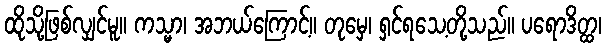
ထိုသို့ဖြစ်လျှင်မူ။ ကသ္မာ၊ အဘယ်ကြောင့်။ တုမှေ၊ ရှင်ရသေ့တို့သည်။ ပရောဒိတ္ထ၊